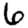
Digit: 6